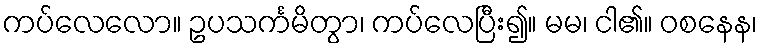
ကပ်လေလော။ ဥပသင်္ကမိတွာ၊ ကပ်လေပြီး၍။ မမ၊ ငါ၏။ ဝစနေန၊